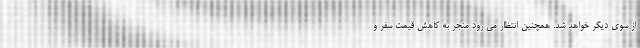
از سوی دیگر خواهد شد. همچنین انتظار می رود منجر به کاهش قیمت سفر و